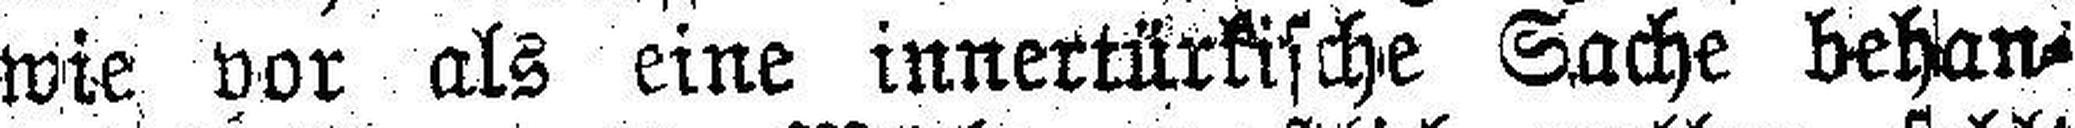
wie vor als eine innertürkische Sache behan¬